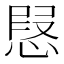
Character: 𢝅